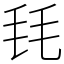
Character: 㲎